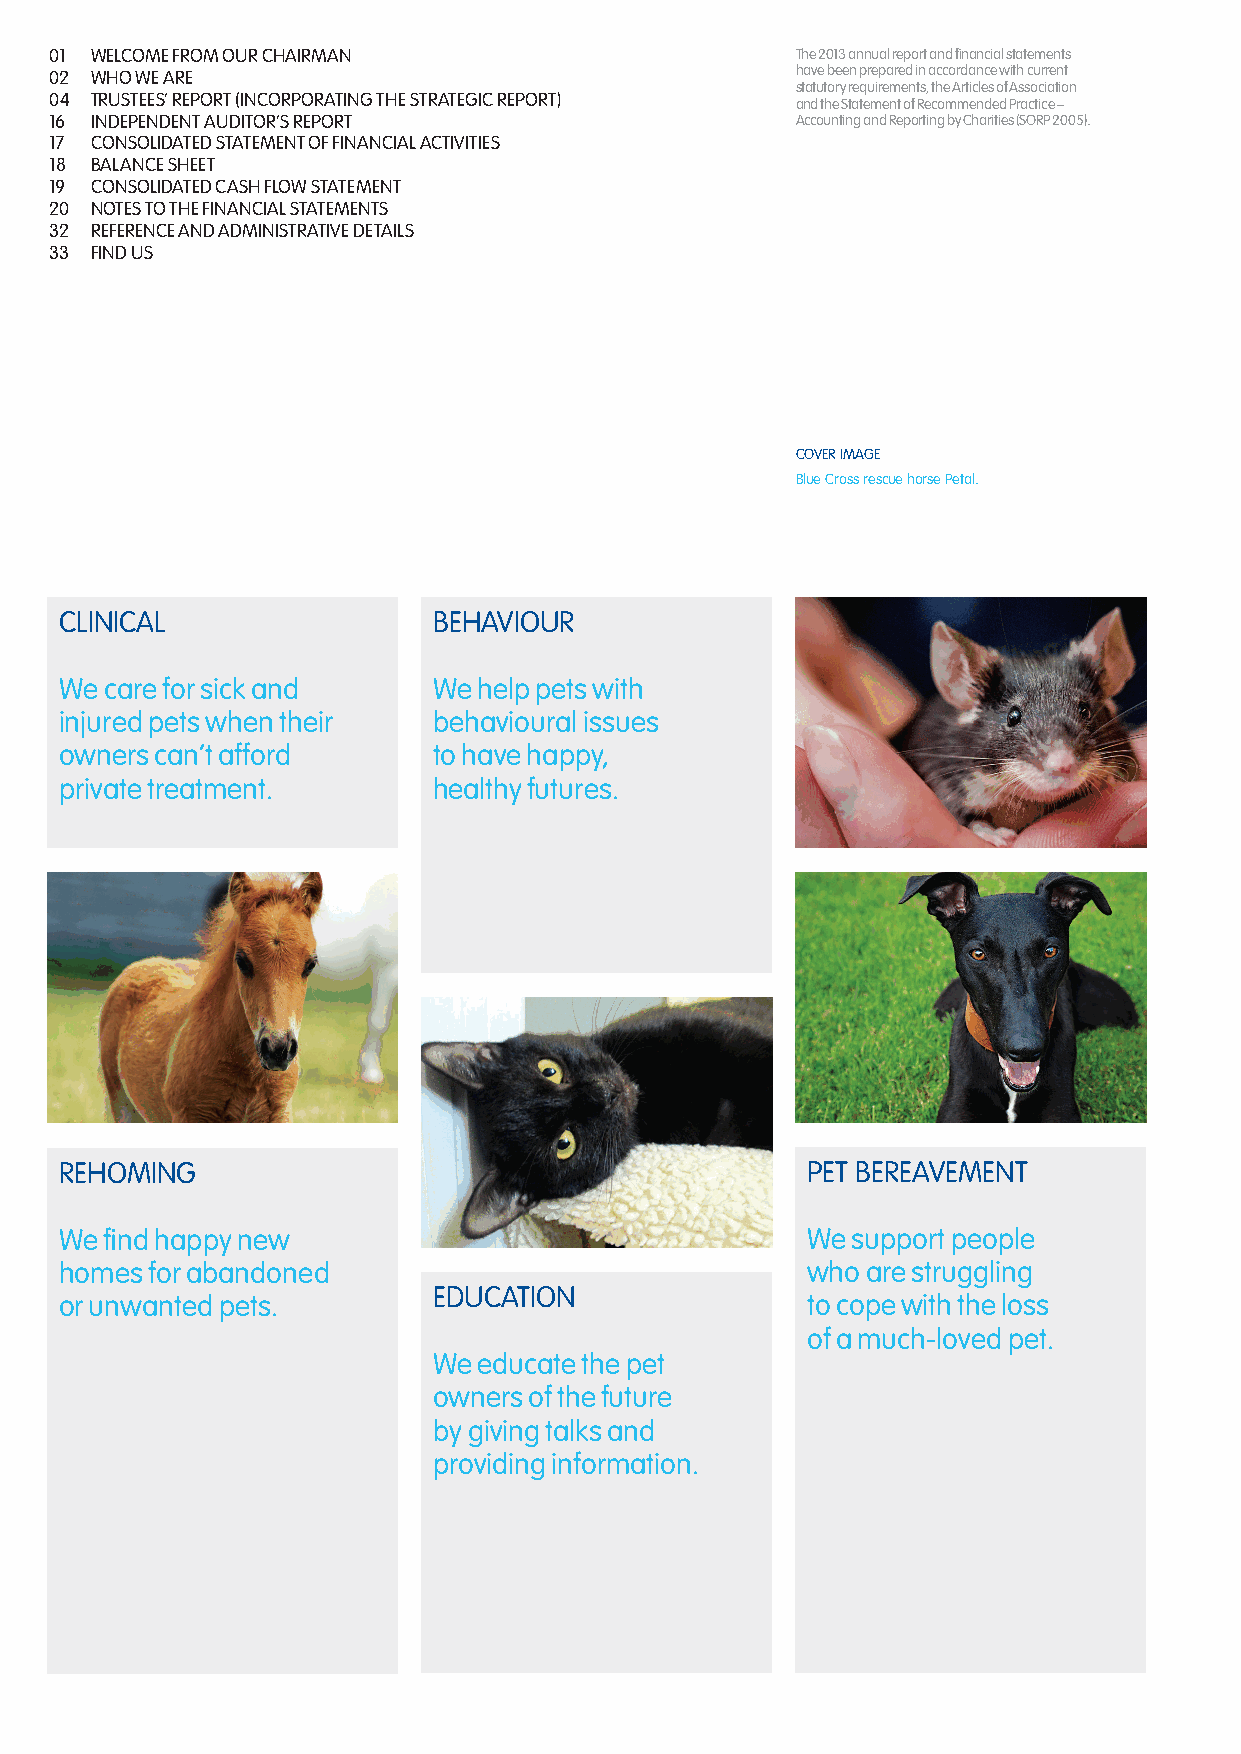
01 WELCOME FROM OUR CHAIRMAN                      The 2013 annual report and financial statements
 02 WHO WE ARE                                     have been prepared in accordance with current
 statutory requirements, the Articles of Association
 04 TRUSTEES’ REPORT (INCORPORATING THE STRATEGIC REPORT)
 and the Statement of Recommended Practice –
 16 INDEPENDENT AUDITOR’S REPORT                   Accounting and Reporting by Charities (SORP 2005).
 17 CONSOLIDATED STATEMENT OF FINANCIAL ACTIVITIES
 18 BALANCE SHEET
 19 CONSOLIDATED CASH FLOW STATEMENT
 20 NOTES TO THE FINANCIAL STATEMENTS
 32 REFERENCE AND ADMINISTRATIVE DETAILS
 33 FIND US
 COVER IMAGE
 Blue Cross rescue horse Petal.
 CLINICAL                 BEHAVIOUR
 We care for sick and     We help pets with
 injured pets when their  behavioural issues
 owners can’t afford      to have happy,
 private treatment.       healthy futures.
 REHOMING                                         PET BEREAVEMENT
 We find happy new                                We support people
 homes for abandoned                              who are struggling
 EDUCATION
 or unwanted pets.                                to cope with the loss
 of a much-loved pet.
 We educate the pet
 owners of the future
 by giving talks and
 providing information.